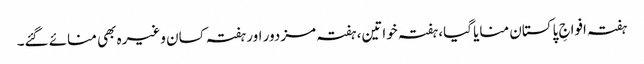
ہفتہ افواجِ پاکستان منایا گیا، ہفتہ خواتین، ہفتہ مزدور اور ہفتہ کسان وغیرہ بھی منائے گئے۔